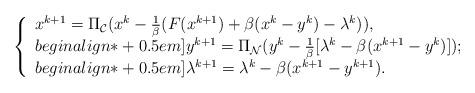
LaTeX: \begin{align*}\left\{\begin{array}{l}x^{k+1}=\Pi_{\mathcal{C}}(x^k-\frac{1}{\beta}(F(x^{k+1})+\beta(x^k-y^k)-\lambda^k)),\\begin{align*}+0.5em]y^{k+1}=\Pi_{\mathcal{N}}(y^k-\frac{1}{\beta}[\lambda^{k}-\beta(x^{k+1}-y^k)]);\\begin{align*}+0.5em]\lambda^{k+1}=\lambda^k-\beta(x^{k+1}-y^{k+1}).\end{array}\right.\end{align*}